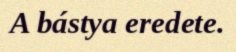
A bástya eredete.